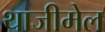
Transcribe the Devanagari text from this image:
थाजीमेल